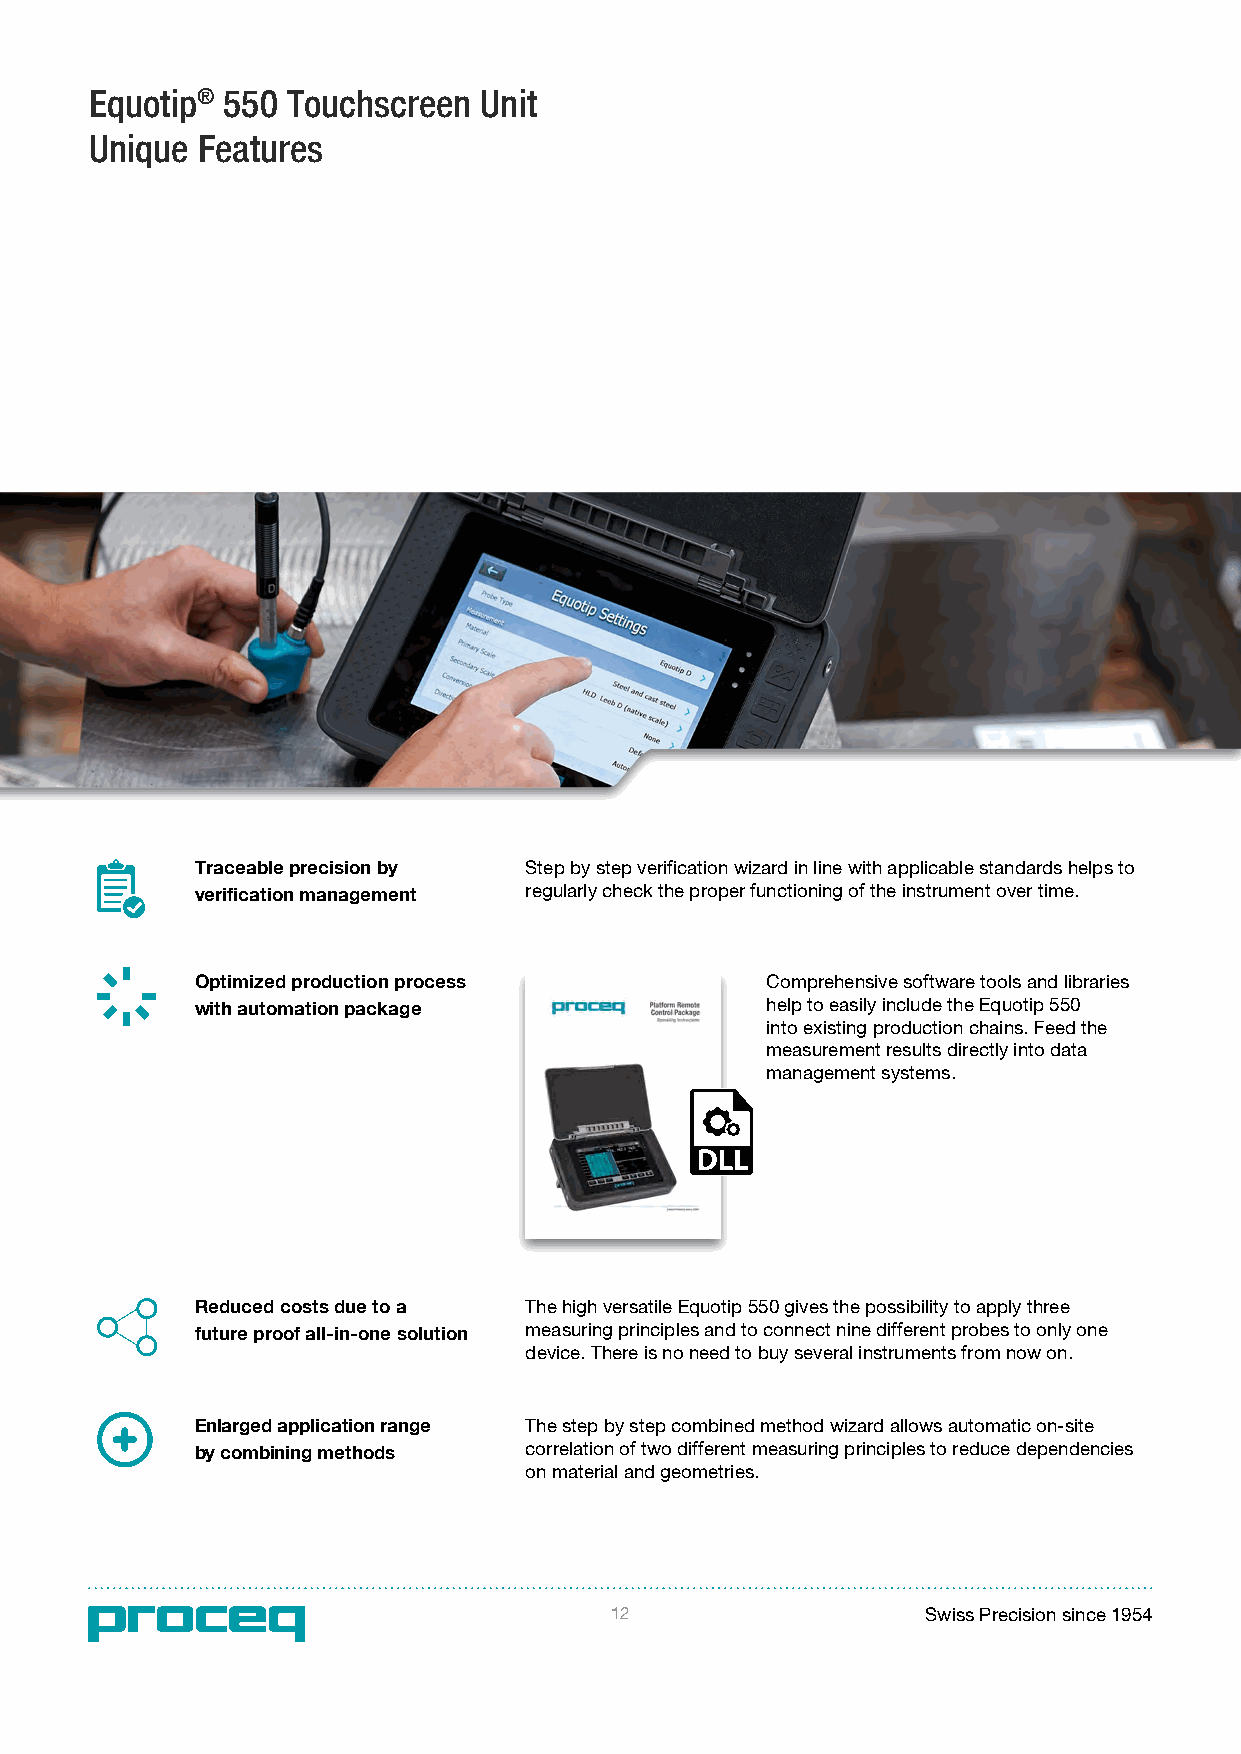
Equotip® 550 Touchscreen  Unit
 Unique Features
 Traceable precision by Step by step verification wizard in line with applicable standards helps to
 verification management regularly check the proper functioning of the instrument over time.
 Optimized production process          Comprehensive software tools and libraries
 with automation package               help to easily include the Equotip 550
 into existing production chains. Feed the
 measurement results directly into data
 management systems.
 Reduced costs due to a The high versatile Equotip 550 gives the possibility to apply three
 future proof all-in-one solution measuring principles and to connect nine different probes to only one
 device. There is no need to buy several instruments from now on.
 Enlarged application range The step by step combined method wizard allows automatic on-site
 by combining methods  correlation of two different measuring principles to reduce dependencies
 on material and geometries.
 12                   Swiss Precision since 1954